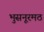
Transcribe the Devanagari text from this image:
भुसनूरमठ